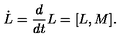
\dot { L } = { \frac { d } { d t } } L = [ L , M ] .